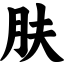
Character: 肤